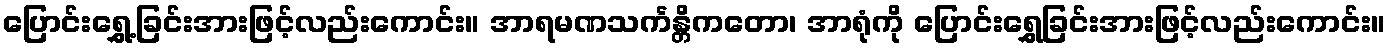
ပြောင်းရွှေ့ခြင်းအားဖြင့်လည်းကောင်း။ အာရမဏသင်္ကန္တိကတော၊ အာရုံကို ပြောင်းရွှေခြင်းအားဖြင့်လည်းကောင်း။